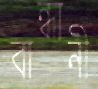
বান্ধানী